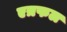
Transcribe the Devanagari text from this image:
एत्रफल